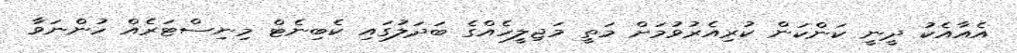
އެއާއެކު ދީނީ ކަންކަން ކުރިއެރުވުމަށް މަތީ މަޖިލީހެއްގެ ބަދަލުގައި ކެބިނެޓް މިނިސްޓަރެއް ހުންނަވާ